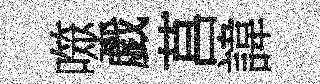
噬戯莒諱